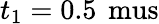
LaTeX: t_{1}=0.5\, \mathrm{\ mus}